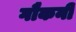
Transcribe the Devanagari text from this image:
गौकनी